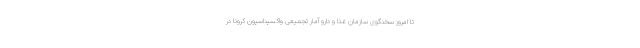
تا امروز سخنگوی سازمان غذا و دارو آمار تجمیعی واکسیناسیون کرونا در